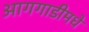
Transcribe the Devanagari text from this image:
आगगाडीमधे